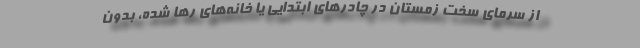
از سرمای سخت زمستان در چادرهای ابتدایی یا خانه‌های رها شده، بدون